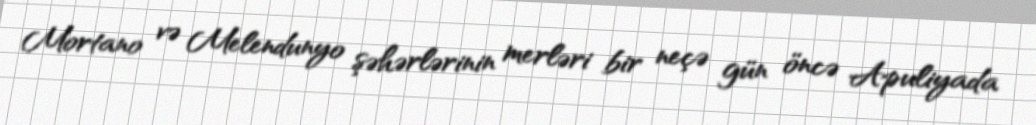
Mortano və Melendunyo şəhərlərinin merləri bir neçə gün öncə Apuliyada